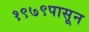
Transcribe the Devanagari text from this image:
१९७९पासून